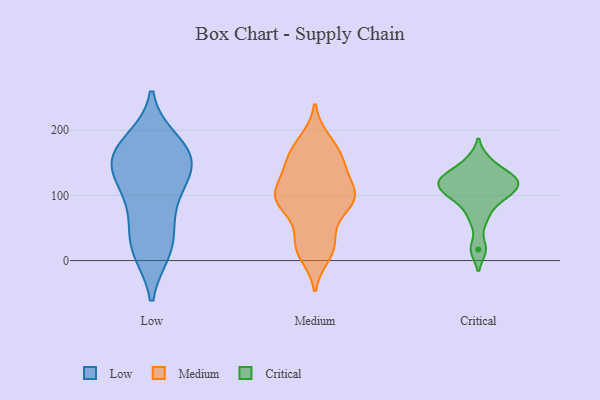
{"axis": {"x": "Page Views", "y": "Value"}, "legend": ["Critical", "Low", "Medium"], "data": [{"x": "", "y": 181, "type": "Low"}, {"x": "", "y": 27, "type": "Low"}, {"x": "", "y": 23, "type": "Low"}, {"x": "", "y": 122, "type": "Low"}, {"x": "", "y": 171, "type": "Low"}, {"x": "", "y": 17, "type": "Low"}, {"x": "", "y": 146, "type": "Low"}, {"x": "", "y": 78, "type": "Low"}, {"x": "", "y": 149, "type": "Low"}, {"x": "", "y": 97, "type": "Low"}, {"x": "", "y": 152, "type": "Low"}, {"x": "", "y": 161, "type": "Low"}, {"x": "", "y": 153, "type": "Medium"}, {"x": "", "y": 160, "type": "Medium"}, {"x": "", "y": 100, "type": "Medium"}, {"x": "", "y": 90, "type": "Medium"}, {"x": "", "y": 27, "type": "Medium"}, {"x": "", "y": 92, "type": "Medium"}, {"x": "", "y": 175, "type": "Medium"}, {"x": "", "y": 83, "type": "Medium"}, {"x": "", "y": 10, "type": "Medium"}, {"x": "", "y": 102, "type": "Medium"}, {"x": "", "y": 183, "type": "Medium"}, {"x": "", "y": 93, "type": "Medium"}, {"x": "", "y": 90, "type": "Medium"}, {"x": "", "y": 134, "type": "Medium"}, {"x": "", "y": 22, "type": "Medium"}, {"x": "", "y": 147, "type": "Medium"}, {"x": "", "y": 26, "type": "Medium"}, {"x": "", "y": 115, "type": "Medium"}, {"x": "", "y": 130, "type": "Critical"}, {"x": "", "y": 128, "type": "Critical"}, {"x": "", "y": 110, "type": "Critical"}, {"x": "", "y": 125, "type": "Critical"}, {"x": "", "y": 17, "type": "Critical"}, {"x": "", "y": 116, "type": "Critical"}, {"x": "", "y": 95, "type": "Critical"}, {"x": "", "y": 98, "type": "Critical"}, {"x": "", "y": 154, "type": "Critical"}, {"x": "", "y": 65, "type": "Critical"}]}